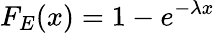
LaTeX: F_{E}(x)=1-e^{-\lambda x}